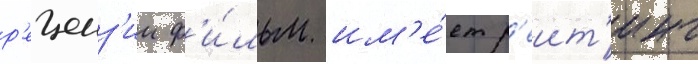
р'еценз'ии ф'и́льм им'е́ет р'еит'инг